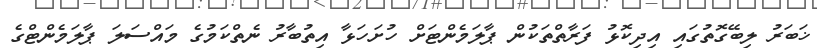
ޚަބަރު ލިބޭގޮތުގައި އިދިކޮޅު ފަރާތްތަކުން ޕާލަމެންޓަށް ހުށަހަޅާ އިތުބާރު ނެތްކަމުގެ މައްސަލަ ޕާލަމެންޓްގެ